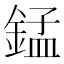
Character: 錳